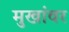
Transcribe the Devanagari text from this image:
मुखांवर